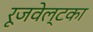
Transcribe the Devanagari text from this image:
रूजवेल्टका